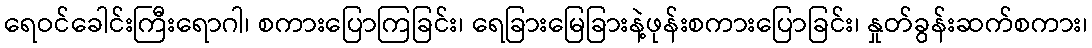
ရေဝင်ခေါင်းကြီးရောဂါ၊ စကားပြောကြခြင်း၊ ရေခြားမြေခြားနဲ့ဖုန်းစကားပြောခြင်း၊ နှုတ်ခွန်းဆက်စကား၊